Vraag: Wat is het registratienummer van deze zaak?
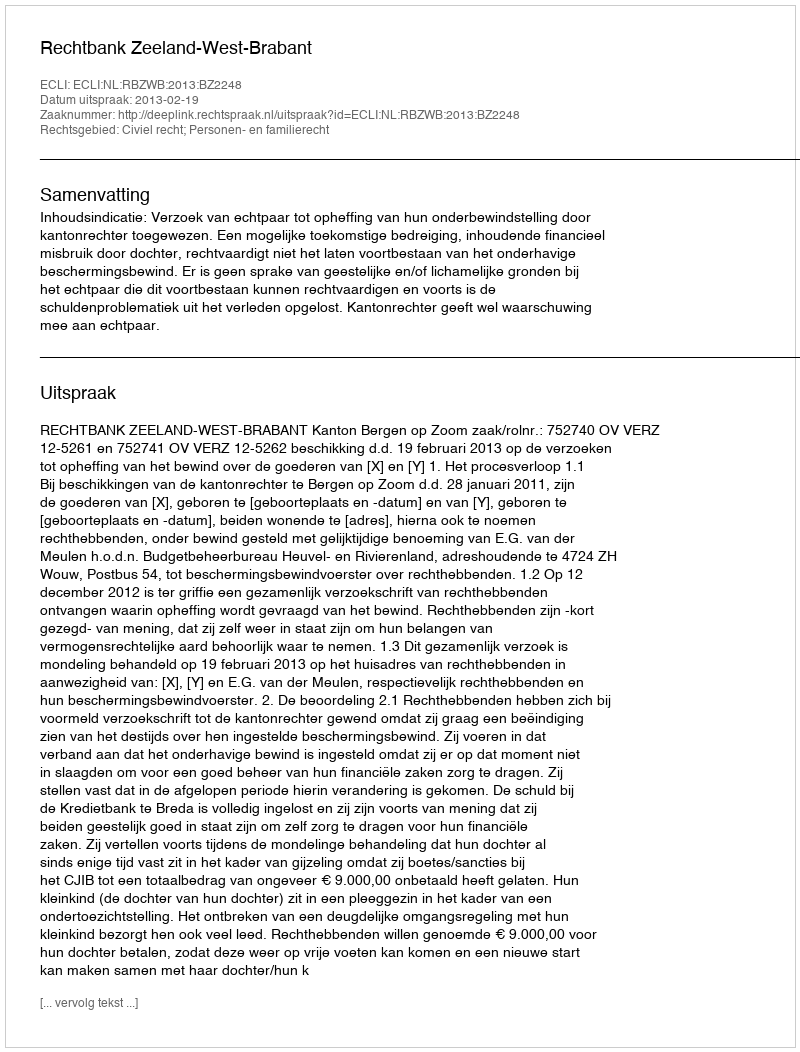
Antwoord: http://deeplink.rechtspraak.nl/uitspraak?id=ECLI:NL:RBZWB:2013:BZ2248